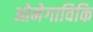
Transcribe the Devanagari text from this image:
ओमेगाविकि